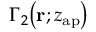
\Gamma _ { 2 } \! \left( \mathbf { r } ; z _ { \mathrm { a p } } \right)